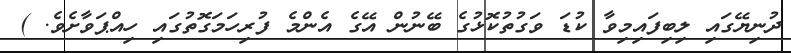
ދުނިޔޭގައި ލިބިފައިމިވާ ކުޑަ ވަގުތުކޮޅުގެ ބޭނުން އޭގެ އެންމެ ފުރިހަމަގޮތުގައި ހިއްޕަވާށެވެ. )